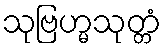
သုဗြဟ္မသုတ္တံ